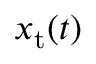
x _ { \mathrm { t } } ( t )